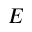
E